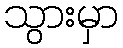
သွားမှာ